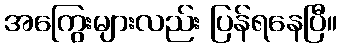
အကြွေးများလည်း ပြန်ရနေပြီ။